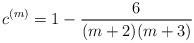
LaTeX: \begin{align*} c^{(m)} = 1-\frac{6}{(m+2)(m+3)}\end{align*}